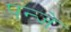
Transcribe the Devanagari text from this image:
पन्जे